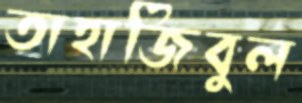
তাহাজিবুল